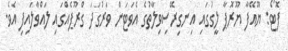
ފޮޓޯ: ޔޫއޭފާ ޔޫރޮޕާ ލީގުގައި އިނގިރޭސިވިލާތުގެ އެވަޓަން ވަރުގަދަ ގްރޫޕެއްގައި ލައްވާލައިފި އެވެ.